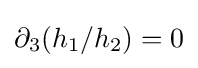
\partial _{3}(h_{1}/h_{2})=0